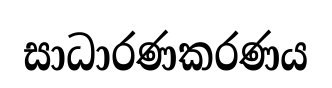
සාධාරණකරණය